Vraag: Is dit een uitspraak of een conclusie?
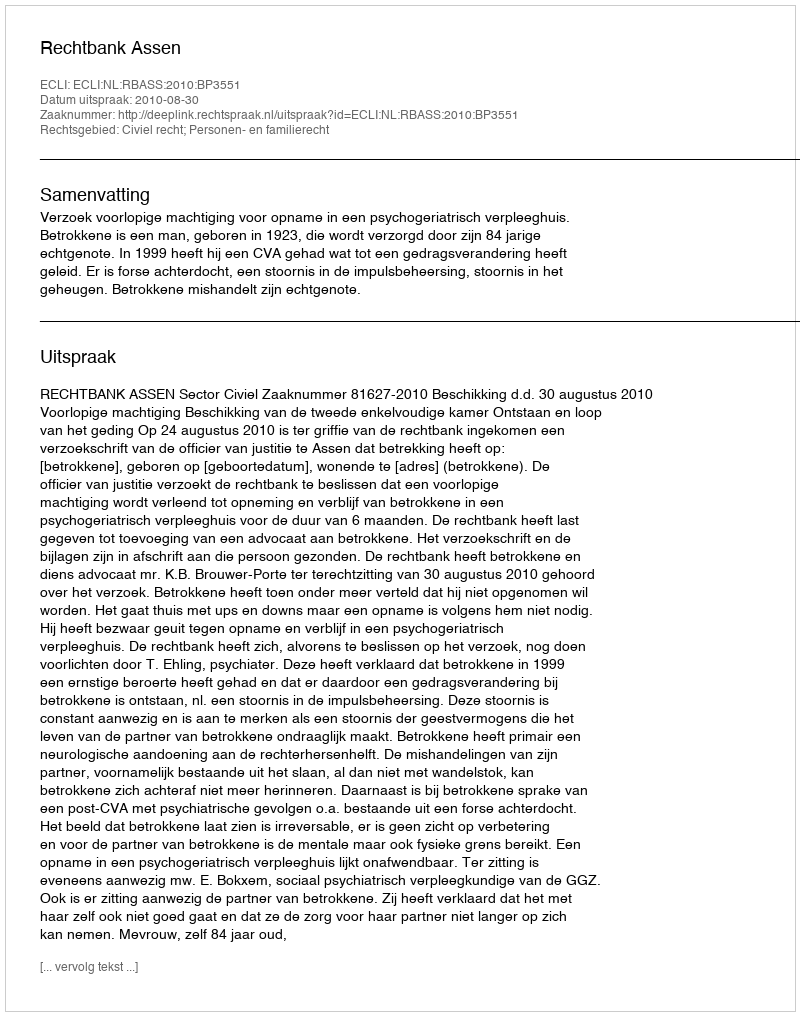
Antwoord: Uitspraak